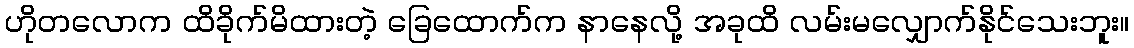
ဟိုတလောက ထိခိုက်မိထားတဲ့ ခြေထောက်က နာနေလို့ အခုထိ လမ်းမလျှောက်နိုင်သေးဘူး။